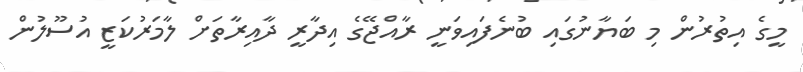
މީގެ އިތުރުން މި ބަޔާނުގައި ބުނެފައިވަނީ ރާއްޖޭގެ އިދާރީ ދާއިރާތަށް ލާމަރުކަޒީ އުސޫލުން